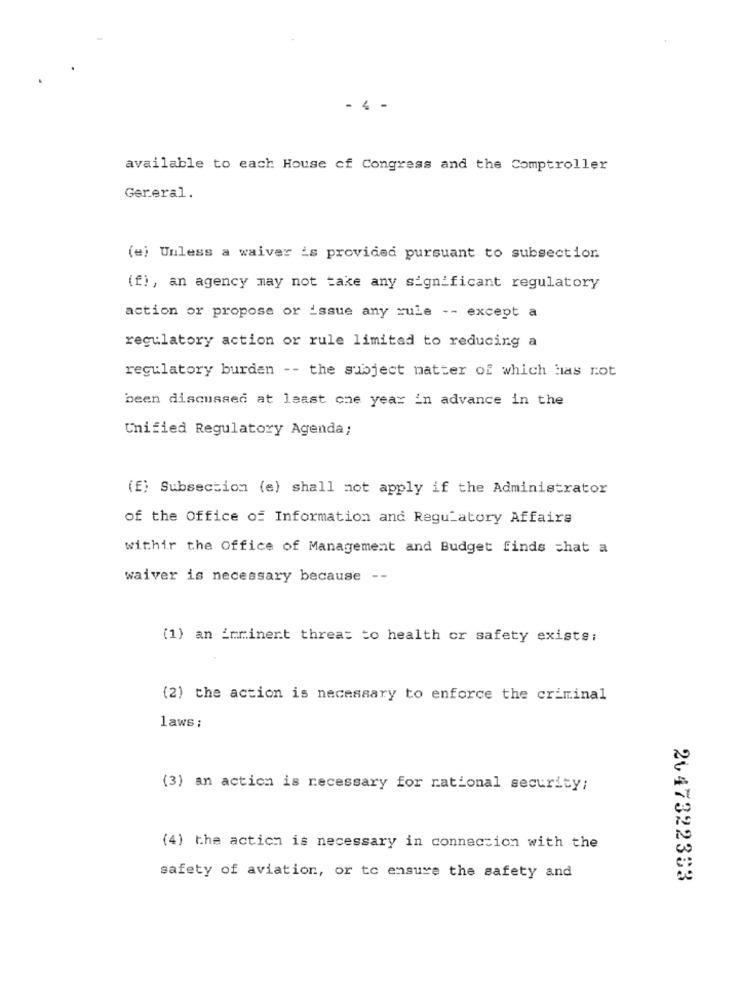
- 4 -
available to each House of Congress and the Comptroller
Gereral.
(e) Unless a waiver is provided pursuant to subsection
(f), an agency may not take any significant regulatory
action or propose or issue any rule -- except a
regulatory action or rule limited to reducing a
regulatory burden -- the subject matter of which Has rot
been discussed at least one year in advance in the
Unified Regulatory Agenda;
(f) Subsection (e) shall not apply if the Administrator
of the Office of Information and Regulatory Affairs
withir the Office of Management and Budget finds chat a
waiver is necessary because --
(1) an imminent threat to health or safety exists:
(2) the action is necessary to enforce the criminal
laws:
(3) an action is necessary for national security;
(4) the actich is necessary in connection with the
safety of aviation, or to ensure the safety and
2047322333